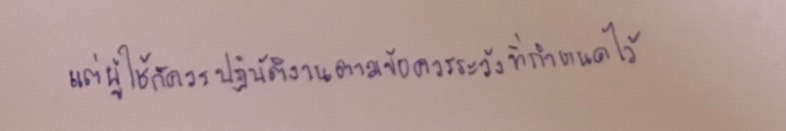
แต่ผู้ใช้ก็ควรปฏิบัติงานตามข้อควรระวังที่กำหนดไว้